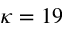
\kappa = 1 9